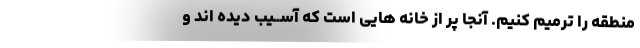
منطقه را ترمیم کنیم. آنجا پر از خانه هایی است که آســیب دیده اند و